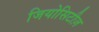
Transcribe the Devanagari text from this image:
जियोसिटीज़